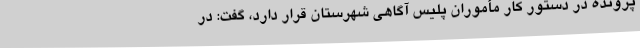
پرونده در دستور کار مأموران پلیس آگاهی شهرستان قرار دارد، گفت: در